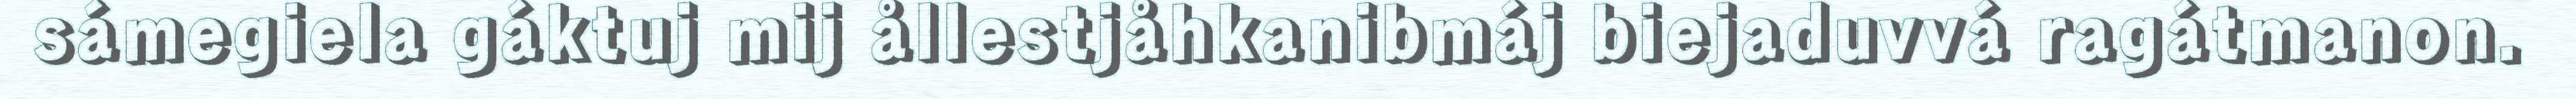
sámegiela gáktuj mij ållestjåhkanibmáj biejaduvvá ragátmanon.